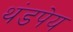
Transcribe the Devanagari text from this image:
थंडपेय